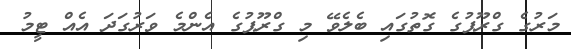
މަރުގެ ގްރޫޕުގެ ގޮތުގައި ބެލެވޭ މި ގްރޫޕުގެ އެންމެ ވަރުގަދަ އެއް ޓީމު